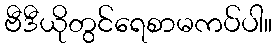
ဗီဒီယိုတွင်ရေစာမကပ်ပါ။